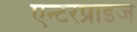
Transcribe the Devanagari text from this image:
एन्टरप्राइज